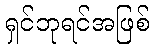
ရှင်ဘုရင်အဖြစ်